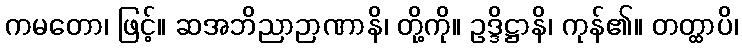
ကမတော၊ ဖြင့်။ ဆအဘိညာဉာဏာနိ၊ တို့ကို။ ဥဒ္ဒိဋ္ဌာနိ၊ ကုန်၏။ တတ္ထာပိ၊